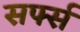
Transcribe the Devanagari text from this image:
सर्फ्स